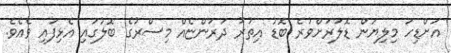
އަށްޑިހަ މިލިޔަން ޑޮލަރަށްވުރެ ބޮޑު އިތުރު ދަރަންޏެއް މިސްރުގެ ބޮލުގައި އެޅިފައިި ވެއެވެ.